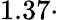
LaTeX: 1.37\cdot